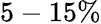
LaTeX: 5-15\%